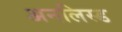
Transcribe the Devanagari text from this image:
अनलिस्ड